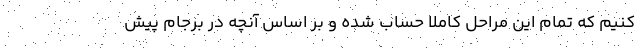
کنیم که تمام این مراحل کاملا حساب شده و بر اساس آنچه در برجام پیش